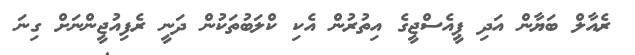
ރެއާލް ބަޔާން އަދި ޕީއެސްޖީގެ އިތުރުން އެކި ކްލަބުތަކުން ދަނީ ރެފިއުޖީންނަށް ގިނަ